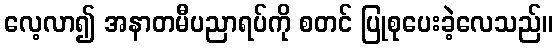
လေ့လာ၍ အနာတမီပညာရပ်ကို စတင် ပြုစုပေးခဲ့လေသည်။